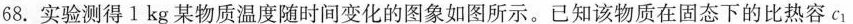
68.实验测得1kg某物质温度随时间变化的图象如图所示。已知该物质在固态下的比热容$$c _ { 1 }